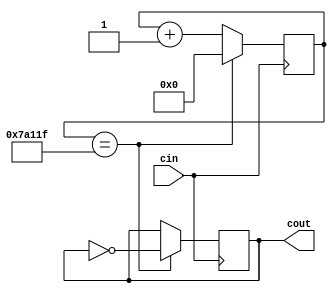
module clkdiv (
    input wire cin, // clock input
    output reg cout // clock output
);
    reg [31:0] i;
	 
    always @(posedge cin) begin
        if (i == 499999) begin
		  i <= 0;
		  cout <= ~cout;
		end else i <= i + 1;
    end
endmodule